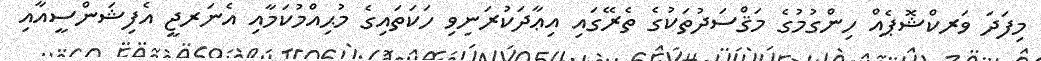
މިފަދަ ވަރކްޝޮޕެއް ހިންގުމުގެ މަޤްސަދުތަކުގެ ތެރޭގައި އިޢާދަކުރަނިވި ހަކަތައިގެ މުޙިއްމުކަމާއި އެނަރޖީ އެފިޝަންސީއާއި